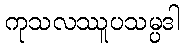
ကုသလဿူပသမ္ပဒါ